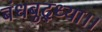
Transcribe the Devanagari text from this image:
बंधबुद्ध्या।।